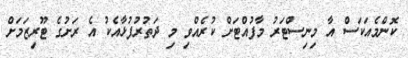
ކޮންމެއަކަސް އާ މިނިސްޓަރު މާފުއްޓަށް ކުރެއްވި މި ދަތުރުފުޅާއެކު އެ ރަށުގެ ޓޫރިޒަމަށް